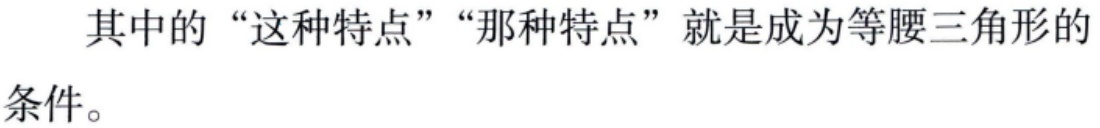
其中的“这种特点”“那种特点”就是成为等腰三角形的条件。